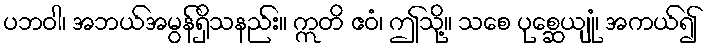
ပဘဝါ၊ အဘယ်အမွန်ရှိသနည်း။ ဣတိ ဧဝံ၊ ဤသို့။ သစေ ပုစ္ဆေယျုံ၊ အကယ်၍